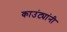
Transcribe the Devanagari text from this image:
काउंट्यांनी